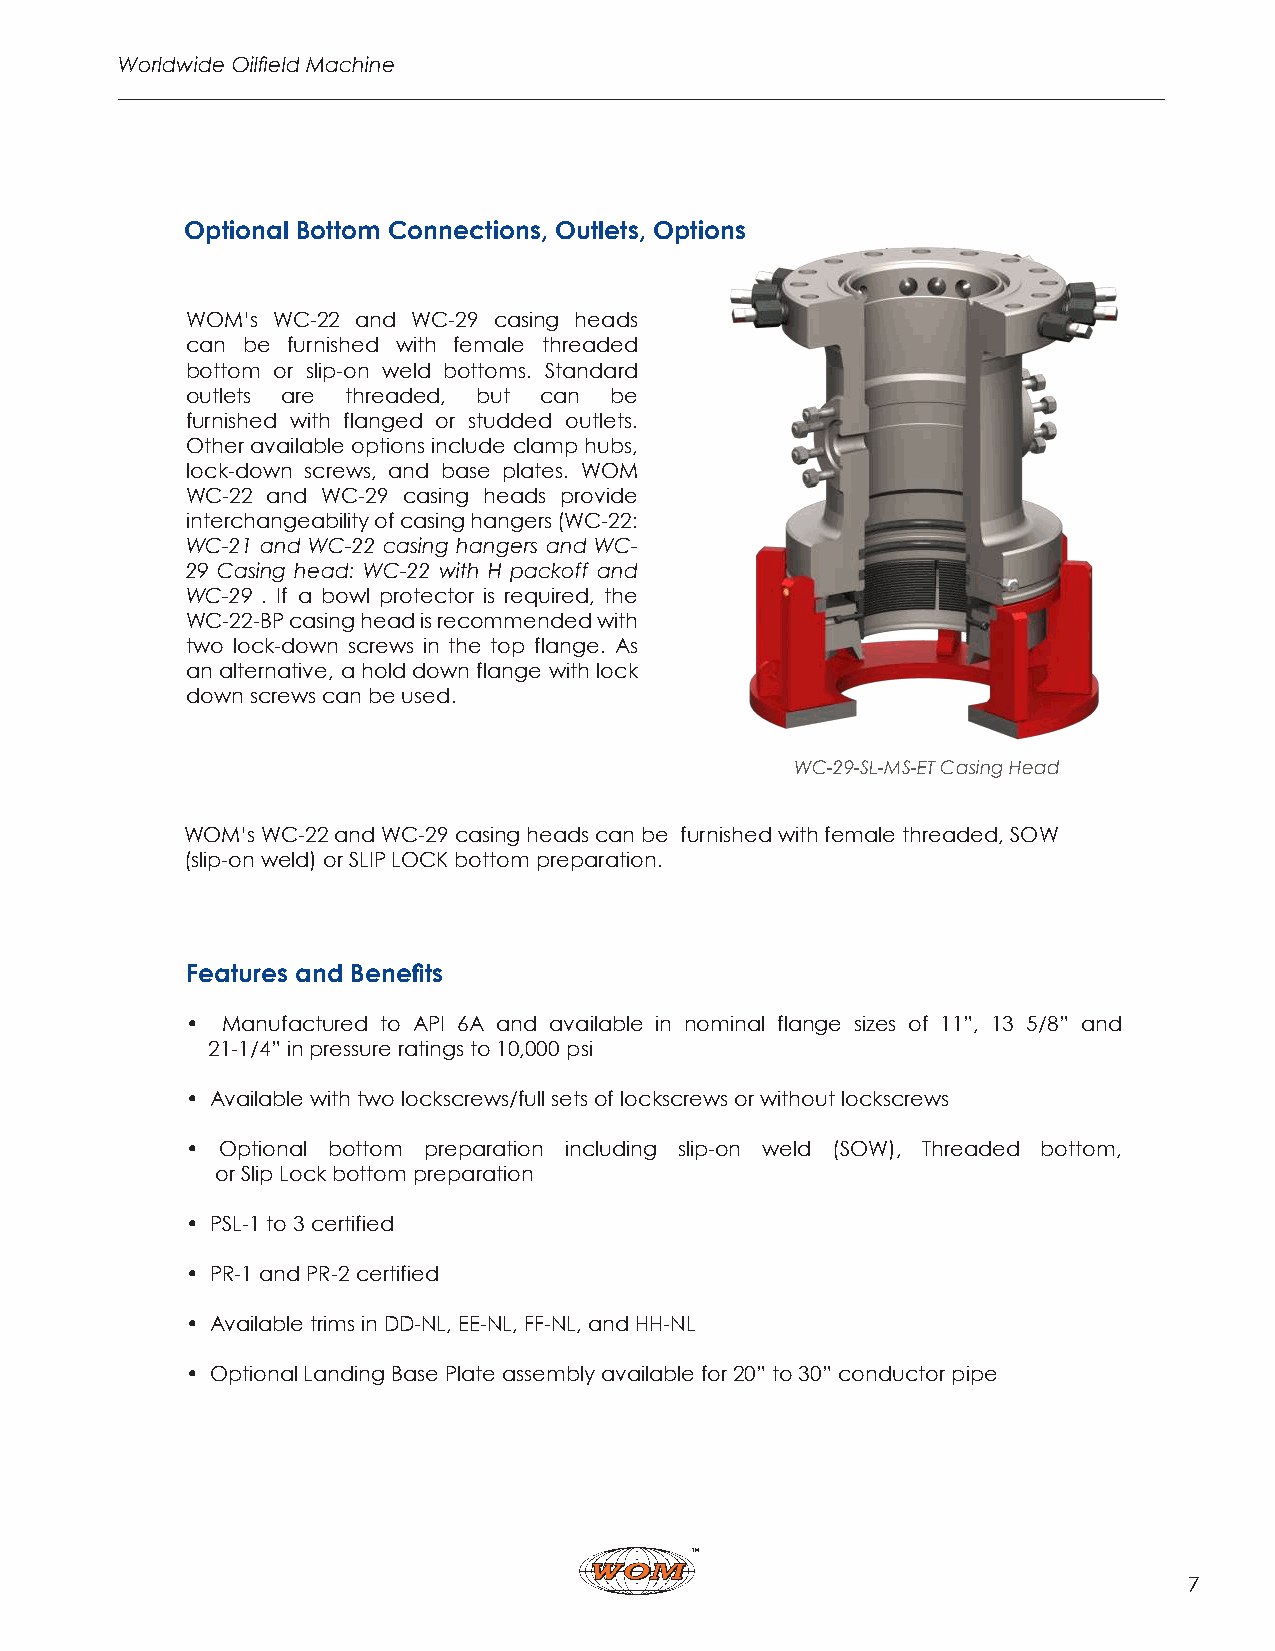
Worldwide Oilfield Machine
 Optional Bottom Connections, Outlets, Options
 WOM’s WC-22 and WC-29 casing heads
 can be furnished with female threaded
 bottom or slip-on weld bottoms. Standard
 outlets are threaded, but can be
 furnished with flanged or studded outlets.
 Other available options include clamp hubs,
 lock-down screws, and base plates. WOM
 WC-22 and WC-29 casing heads provide
 interchangeability of casing hangers (WC-22:
 WC-21 and WC-22 casing hangers and WC-
 29 Casing head: WC-22 with H packoff and
 WC-29 . If a bowl protector is required, the
 WC-22-BP casing head is recommended with
 two lock-down screws in the top flange. As
 an alternative, a hold down flange with lock
 down screws can be used.
 WC-29-SL-MS-ET Casing Head
 WOM’s WC-22 and WC-29 casing heads can be furnished with female threaded, SOW
 (slip-on weld) or SLIP LOCK bottom preparation.
 Features and Benefits
 •  Manufactured to API 6A and available in nominal flange sizes of 11”, 13 5/8” and
 21-1/4” in pressure ratings to 10,000 psi
 • Available with two lockscrews/full sets of lockscrews or without lockscrews
 •  Optional bottom preparation including slip-on weld (SOW), Threaded bottom,
 or Slip Lock bottom preparation
 • PSL-1 to 3 certified
 • PR-1 and PR-2 certified
 • Available trims in DD-NL, EE-NL, FF-NL, and HH-NL
 • Optional Landing Base Plate assembly available for 20” to 30” conductor pipe
 7